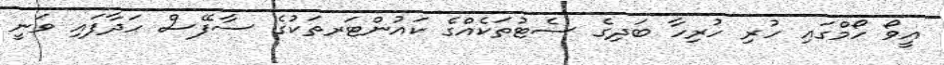
އީވޯ ހޯމްގައި ހުރި ހުރިހާ ބަދިގެ ސެޓުތަކެއްގެ ކައުންޓަރތަކުގެ ސާފޭސް ހަދާފައި ވަނީ